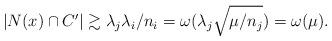
LaTeX: \begin{align*} |N(x)\cap C'| \gtrsim \lambda_j\lambda_i/n_i = \omega(\lambda_j\sqrt{\mu/n_j}) = \omega(\mu). \end{align*}